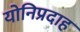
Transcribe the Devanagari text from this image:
योनिप्रदाह